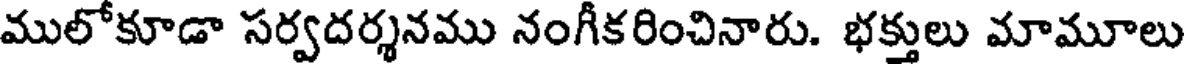
ములోకూడా సర్వదర్శనము నంగీకరించినారు. భక్తులు మామూలు